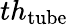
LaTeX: th_{\mathrm{tube}}